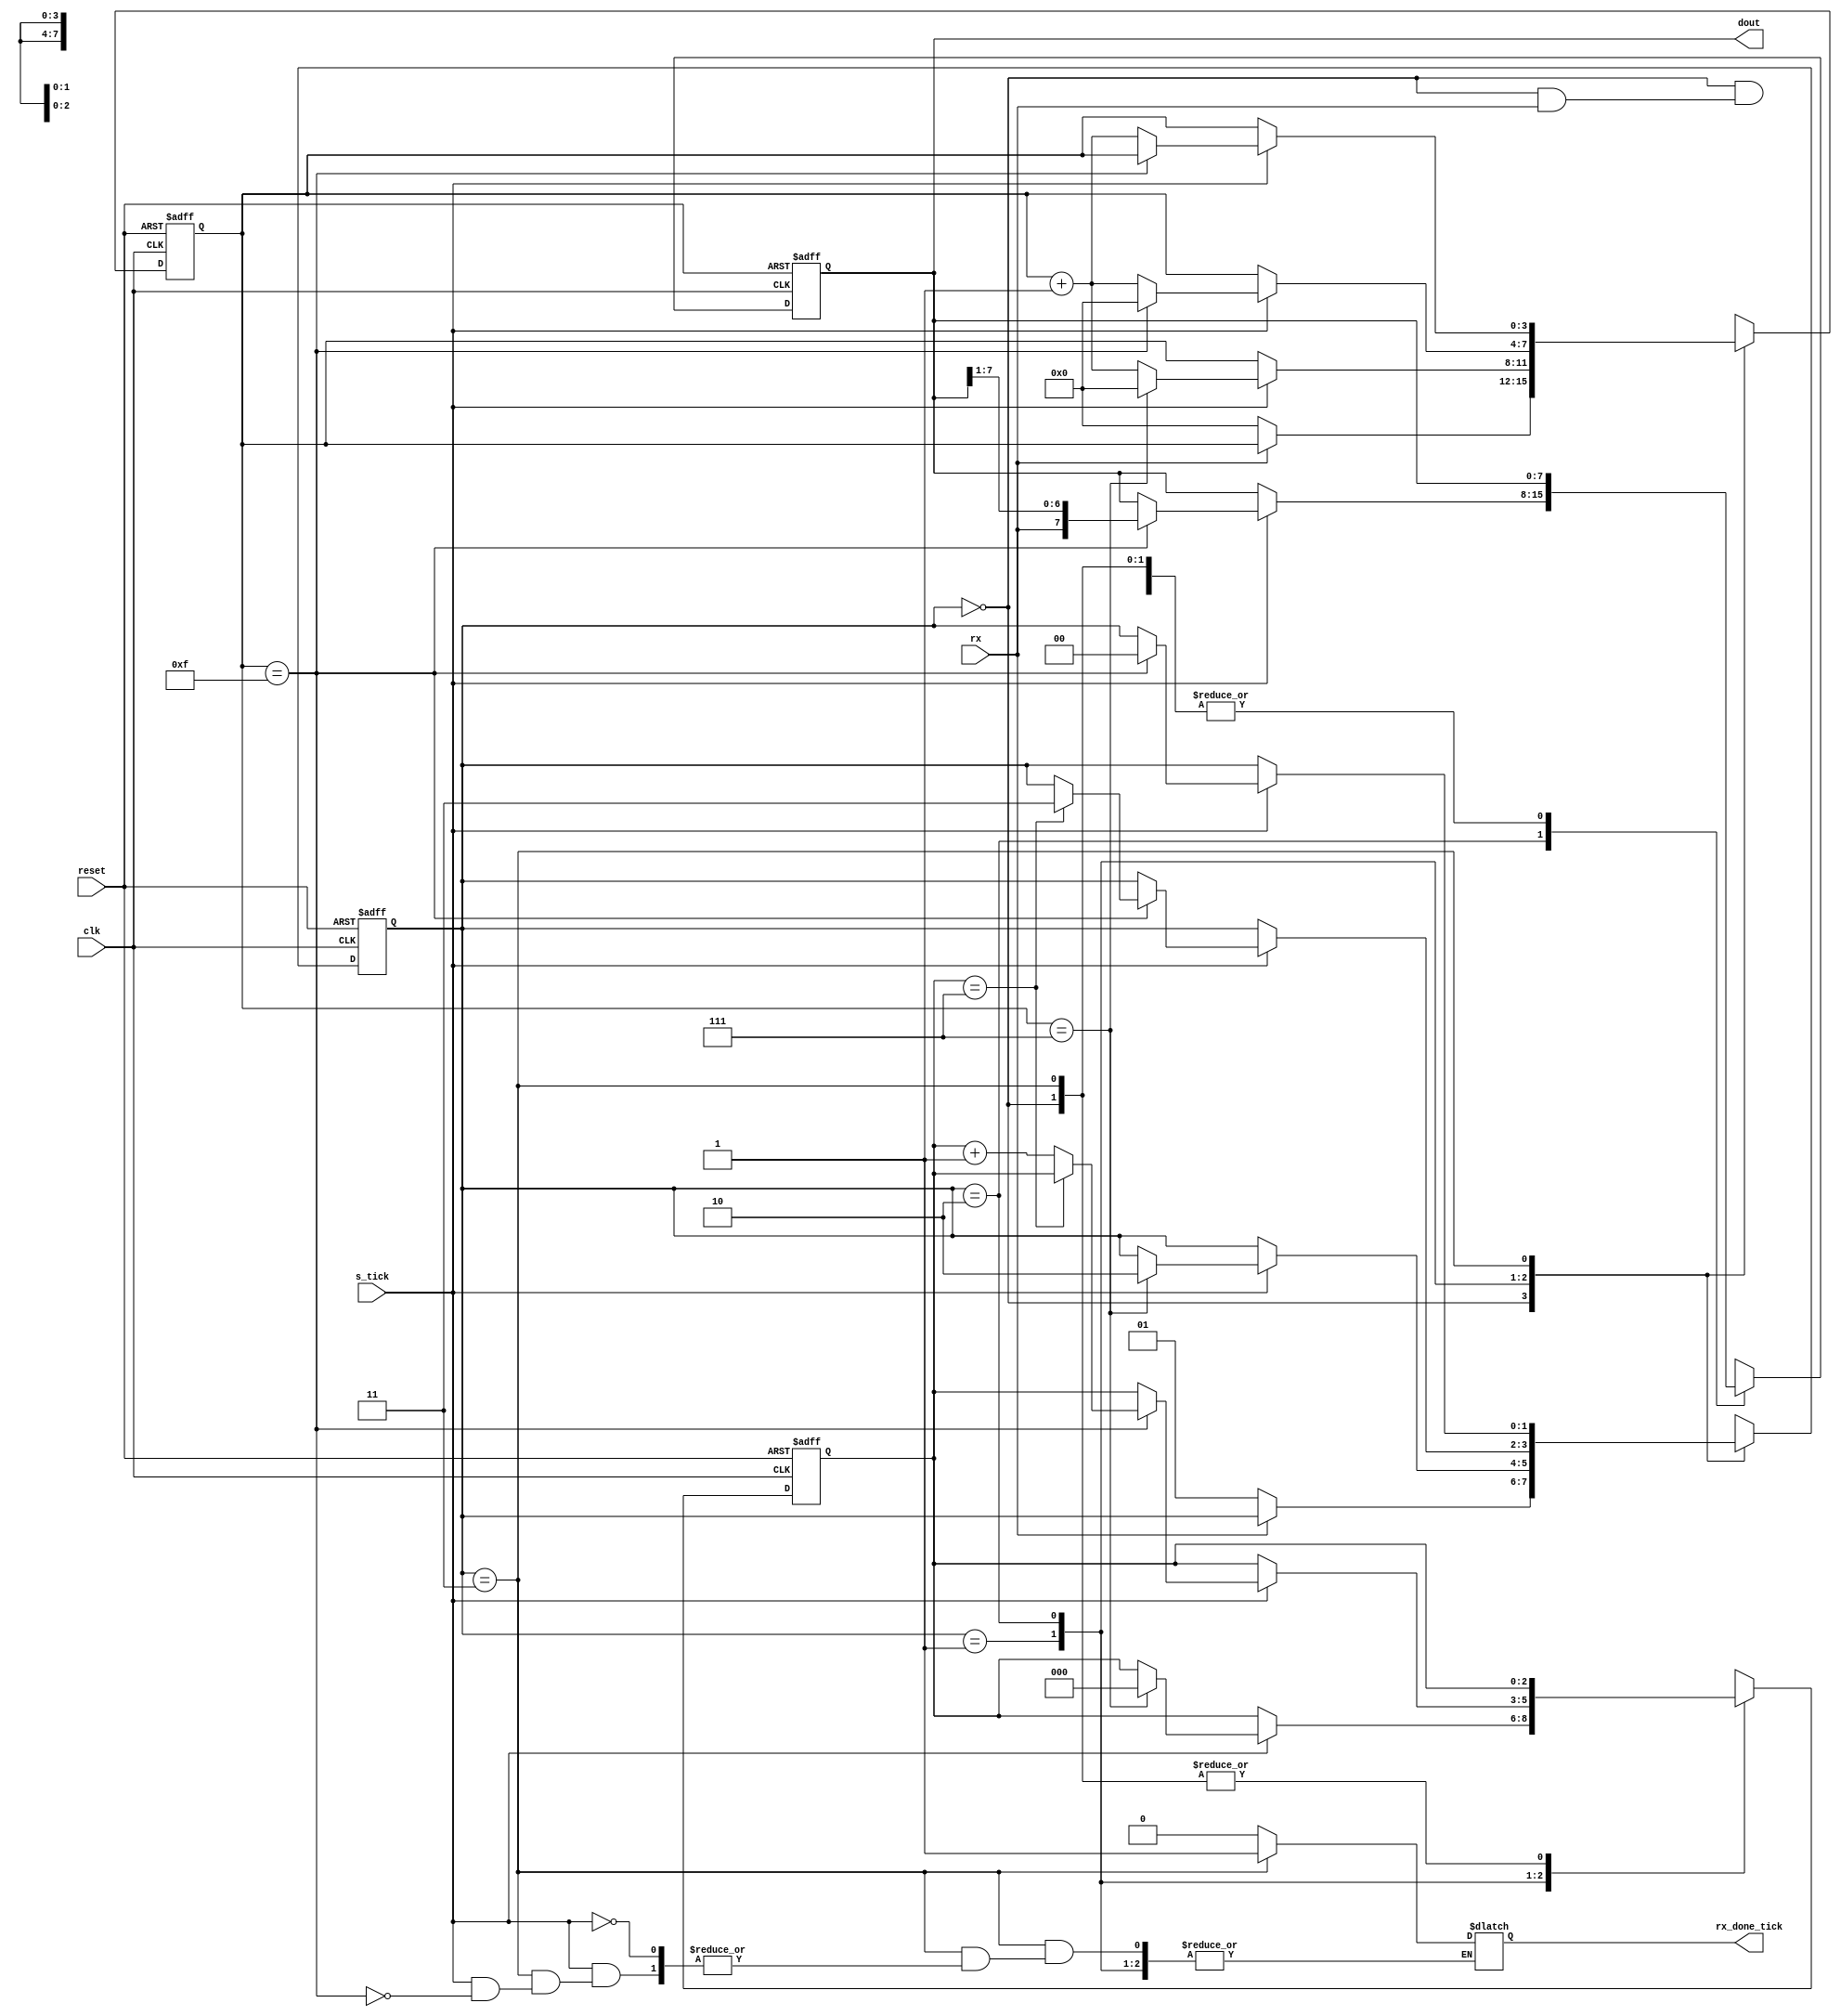
/************************************************************************************
*     The UART design files are owned and controlled by Eleptic Technologies    	*
*	  and must be used only for laboratory experiments for the course "Computer  	*
*     Architecture" offered in Habib University. It is not allowed to edit these 	*
*	  files without prior permission from Eleptic Technologies. Furthermore, the 	*
*	  design files can only be used with the Eleptic Technologies devices and/or 	*
*	  software. Use with non-Eleptic devices or softwares is strictly prohibited 	*
*     and immediately terminates your license.                                 		*
*                                                              		                *
*	  Developer:	Hasan Baig														*
*	  Vendor: 		Eleptic Technologies											*
*																					*
*     (c) Copyright 2018-2019 Eleptic Technologies,                                 *
*     All rights reserved.                                          	            *
************************************************************************************/

module rx
(
	input		clk, 
	input		reset,
	input		rx, 
	input		s_tick,
	
	output reg	rx_done_tick ,
	output wire [7:0] dout
);

parameter DBIT = 8, 	// data bits
SB_TICK = 16; 			// ticks for stop bits


// symbolic state declaration
localparam [1:0]
	idle 	= 2'b00,
	start 	= 2'b01,
	data 	= 2'b10,
	stop 	= 2'b11;

// signal declaration
reg [1:0] state_reg, state_next ;
reg [3:0] s_reg , s_next ;
reg [2:0] n_reg , n_next ;
reg [7:0] b_reg , b_next ;

// bod,v
// FSMD s t a t e & d a t a r e g i s t e r s

always@(posedge clk , posedge reset )
begin
	if ( reset )
	begin
		state_reg	<= idle ;
		s_reg 		<= 0 ;
		n_reg 		<= 0 ;
		b_reg 		<= 0 ;
	end
	
	else
	begin
		state_reg 	<= state_next ;
		s_reg 		<= s_next ;
		n_reg 		<= n_next ;
		b_reg 		<= b_next ;
	end
end	

// FSMD next-state logic
always @(*)
begin
	state_next	= state_reg ;
	//rx_done_tick = 1'b0 ;
	s_next 		= s_reg ;
	n_next 		= n_reg ;
	b_next		= b_reg ;
	
	case ( state_reg )
		idle :
				begin
					if (!rx)
					begin
						state_next = start ;
						rx_done_tick = 1'b0;
						s_next = 0 ;
					end
				end
				
		start :
				begin
					if (s_tick)
						if (s_reg == 7)
						begin
							state_next = data ;
							s_next = 0 ;
							n_next = 0 ;
						end

					else
						s_next = s_reg + 1'b1 ;
				end		

		data :
				begin
					if (s_tick)
						if (s_reg == 15)
						begin
							s_next = 0 ;
							b_next = {rx , b_reg[7:1]} ;
						
							if (n_reg == (DBIT-1))
								state_next = stop ;
							else
								n_next = n_reg + 1'b1 ;
						end
						
					else
						s_next = s_reg + 1'b1 ;
				end		
		
		stop :
				begin
					if (s_tick)
						if (s_reg == (SB_TICK-1))
						begin
							state_next = idle ;
							rx_done_tick = 1'b1 ;
						end
			
					else
						s_next = s_reg + 1'b1;
				end
	endcase

end

// o u t p u t
assign dout = b_reg ;

endmodule